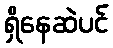
ရှိနေဆဲပင်